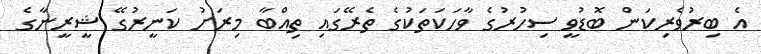
އެ ބިރުވެރިކަން ބޮޑުވީ ސިހުރުގެ ވާހަކަތަކުގެ ތެރޭގައި ތިއްބާ މިރަށު ކަނީރުގޭ ޝީރީނާގެ